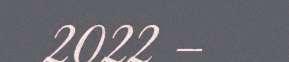
2022 –